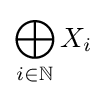
\bigoplus _{i\in \mathbb {N} }X_{i}